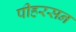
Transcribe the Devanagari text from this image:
पीहरसन